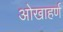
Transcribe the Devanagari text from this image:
ओखाहर्ण